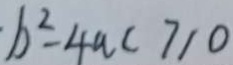
b ^ { 2 } - 4 a c > 1 0